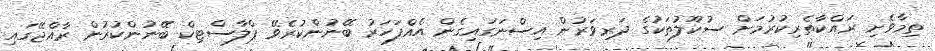
ތިމާވެށި ރައްކާތެރިކުރުމަށް ސުކޫލުތަކުގެ ދަރިވަރުން އިސްނަގައިގެން އެއްފަހަރު ބޭނުންކުރެވޭ ޕްލާސްޓިކް ބޭނުންކުރުން ރާއްޖޭގައި